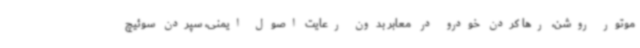
موتور روشن، رها کردن خودرو در معابر بدون رعایت اصول ایمنی، سپردن سوئیچ